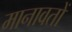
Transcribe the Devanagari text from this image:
मानावतों